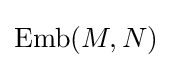
\operatorname {Emb} (M,N)